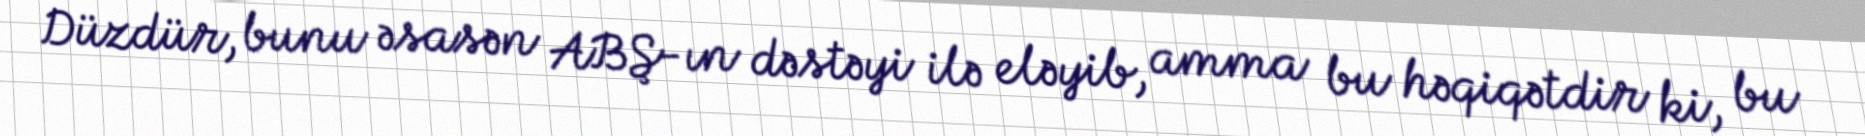
Düzdür, bunu əsasən ABŞ-ın dəstəyi ilə eləyib, amma bu həqiqətdir ki, bu